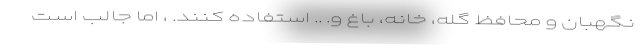
نگهبان و محافظ گله، خانه، باغ و. .. استفاده کنند. ، اما جالب است